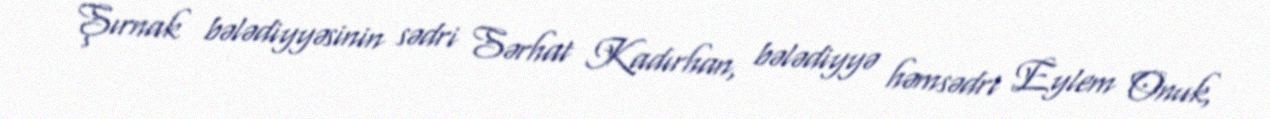
Şırnak bələdiyyəsinin sədri Sərhat Kadırhan, bələdiyyə həmsədri Eylem Onuk,